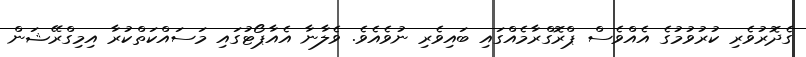
ގެދޮރުވެރި ކުރުވުމުގެ އެއްވެސް ޕްރޮގްރާމެއްގައި ބައިވެރި ނުވެއެވެ. ވެލާނާ އެއާޕޯޓުގައި މަސައްކަތްކުރާ އިމިގްރޭޝަން